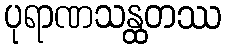
ပုရာဏသန္ထတဿ